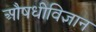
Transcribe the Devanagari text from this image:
औषधीविज्ञान